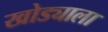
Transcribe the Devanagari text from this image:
खोड्याला